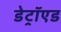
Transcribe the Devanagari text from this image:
डेट्रॉएड